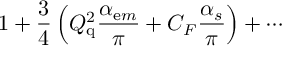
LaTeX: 1 + \frac { 3 } { 4 } \left( Q _ { \mathrm { q } } ^ { 2 } \frac { \alpha _ { \mathrm e m } } { \pi } + C _ { F } \frac { \alpha _ { s } } { \pi } \right) + \cdots